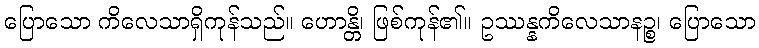
ပြောသော ကိလေသာရှိကုန်သည်။ ဟောန္တိ၊ ဖြစ်ကုန်၏။ ဥဿန္နကိလေသာနဉ္စ၊ ပြောသော